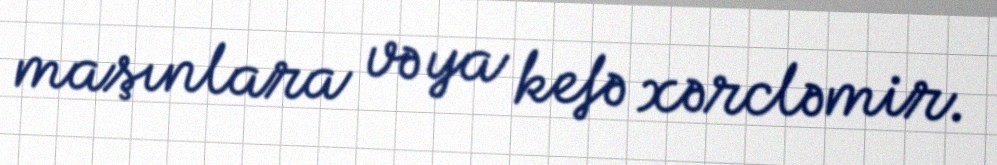
maşınlara və ya kefə xərcləmir.